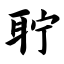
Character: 聍